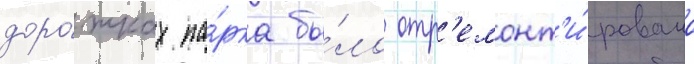
доро́жках па́рка бы́ло отр'емонт'и́ровано